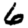
Digit: 6